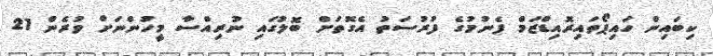
ކިބައިން ހައިޕޯތައިރޮއިޑްޒަމް ފެނުުމުގެ ފުރުސަތު އެގޮތަށް ބޮލުގައި ނުރިއްސާ މީހުންނަށް ވުރެން 21